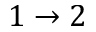
1 \rightarrow 2